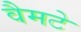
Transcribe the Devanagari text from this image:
वैमटे